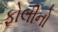
ફોલીનો